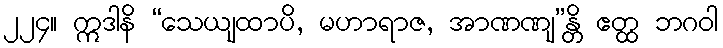
၂၂၄။ ဣဒါနိ “သေယျထာပိ, မဟာရာဇ, အာဏဏျ”န္တိ ဧတ္ထ ဘဂဝါ